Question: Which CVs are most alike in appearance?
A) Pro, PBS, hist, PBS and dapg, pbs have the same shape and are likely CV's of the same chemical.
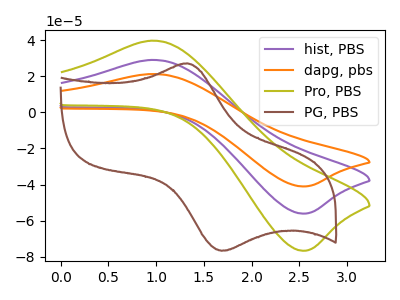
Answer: <think>The purple curve "hist, PBS" has an anodic peak at (0.95V, 29.10uA) and a cathodic peak at (2.50V, -56.15uA). The orange curve "dapg, pbs" has an anodic peak at (0.95V, 58.20uA) and a cathodic peak at (2.50V, -112.30uA). The olive curve "Pro, PBS" has an anodic peak at (0.95V, 39.80uA) and a cathodic peak at (2.50V, -76.75uA). The brown curve "PG, PBS" has an anodic peak at (1.30V, 27.20uA) and a cathodic peak at (1.70V, -76.75uA).
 All the peaks in "hist, PBS" have a peak in "dapg, pbs" at the same potential. Every peak in "hist, PBS" is lower than every peak in "dapg, pbs". All the peaks in "hist, PBS" have a peak in "Pro, PBS" at the same potential. Every peak in "hist, PBS" is lower than every peak in "Pro, PBS". "hist, PBS" and "PG, PBS" have at least one peak that do not match. All the peaks in "dapg, pbs" have a peak in "Pro, PBS" at the same potential. Every peak in "dapg, pbs" is higher than every peak in "Pro, PBS". "dapg, pbs" and "PG, PBS" have at least one peak that do not match. "Pro, PBS" and "PG, PBS" have at least one peak that do not match.</think>
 <answer>A) "Pro, PBS", "hist, PBS" and "dapg, pbs" have the same shape and are likely CV's of the same chemical.</answer>
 <eval>A</eval>